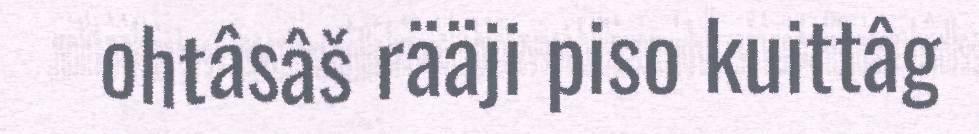
ohtâsâš rääji piso kuittâg